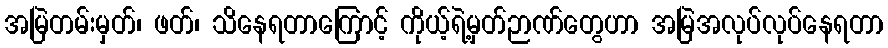
အမြဲတမ်းမှတ်၊ ဖတ်၊ သိနေရတာကြောင့် ကိုယ့်ရဲ့မှတ်ဉာဏ်တွေဟာ အမြဲအလုပ်လုပ်နေရတာ